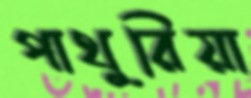
পাথুরিয়া